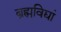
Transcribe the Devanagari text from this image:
ब्रह्मविद्यां